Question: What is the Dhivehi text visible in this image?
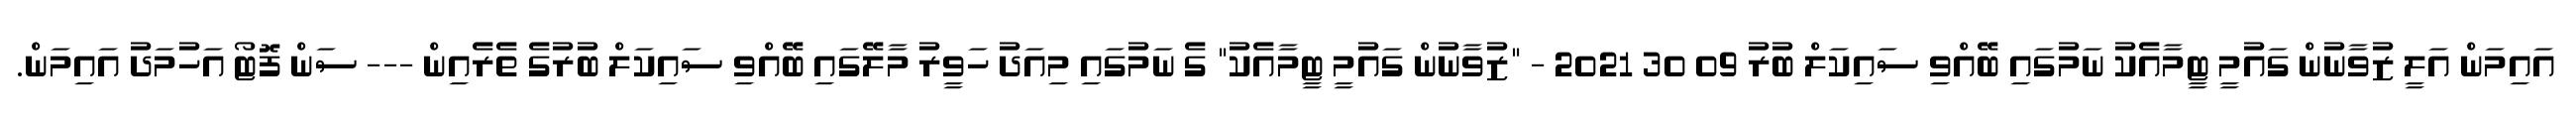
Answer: އައިމަން އަލީ ޒުވާނުން ގައުމީ ޓީމާއެކު ނަމުގައި ބޭއްވި ސައިކަލް ބުރު 09 30 2021 - "ޒުވާނުން ގައުމީ ޓީމާއެކު" ގެ ނަމުގައި މިއަދު ހަވީރު މާލޭގައި ބޭއްވި ސައިކަލް ބުރުގެ ތެރެއިން --- ސަން ފޮޓޯ އަހުމަދު އައިމަން.